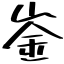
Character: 崟